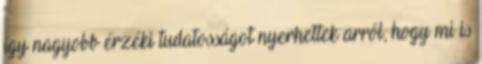
így nagyobb érzéki tudatosságot nyerhettek arról, hogy mi is